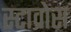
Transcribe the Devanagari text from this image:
स्टाव्रोस